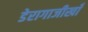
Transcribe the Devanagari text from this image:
डेरागाजीखाँ